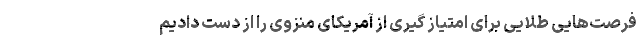
فرصت‌هایی طلایی برای امتیاز گیری از آمریکای منزوی را از دست دادیم